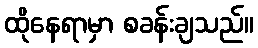
ထိုနေရာမှာ စခန်းချသည်။